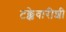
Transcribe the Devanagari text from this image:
टक्केवारीशी